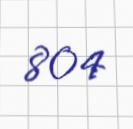
804